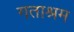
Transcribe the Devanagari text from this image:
गताश्रम